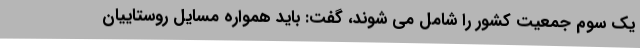
یک سوم جمعیت کشور را شامل می شوند، گفت: باید همواره مسایل روستاییان